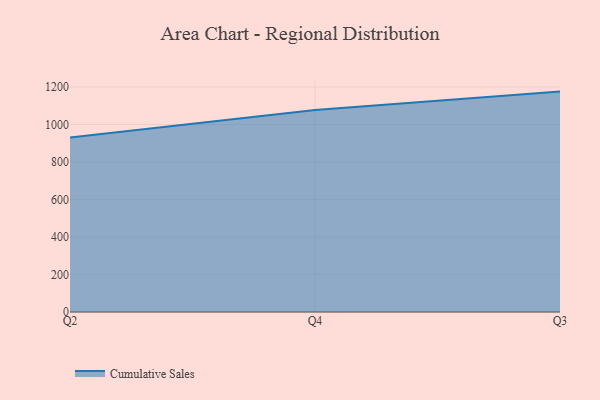
{"axis": {"x": "Quarter", "y": "Inventory Turnover"}, "legend": ["Cumulative Sales"], "data": [{"x": "Q2", "y": 930.0, "type": "Cumulative Sales"}, {"x": "Q4", "y": 1077.2, "type": "Cumulative Sales"}, {"x": "Q3", "y": 1175.1, "type": "Cumulative Sales"}]}